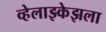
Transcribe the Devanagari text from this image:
व्हेलाझ्केझला